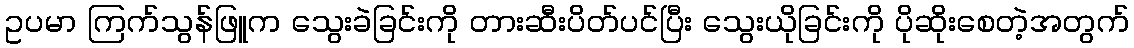
ဥပမာ ကြက်သွန်ဖြူက သွေးခဲခြင်းကို တားဆီးပိတ်ပင်ပြီး သွေးယိုခြင်းကို ပိုဆိုးစေတဲ့အတွက်